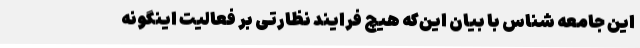
این جامعه شناس با بیان این‌که هیچ فرایند نظارتی بر فعالیت اینگونه